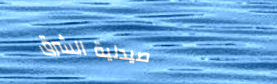
صيدلية الشرق